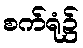
စက်ရုံ၌